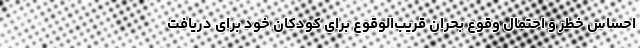
احساس خطر و احتمال وقوع بحران قریب‌الوقوع برای کودکان خود برای دریافت